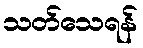
သတ်သေရန်